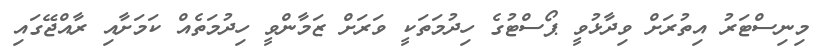
މިނިސްޓަރު އިތުރަށް ވިދާޅުވީ ޕޯސްޓުގެ ހިދުމަތަކީ ވަރަށް ޒަމާންވީ ހިދުމަތެއް ކަމަށާއި ރާއްޖޭގައި